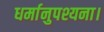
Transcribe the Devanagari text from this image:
धर्मानुपश्यना।